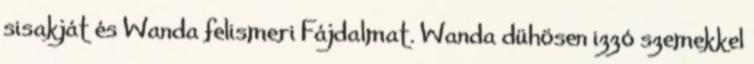
sisakját és Wanda felismeri Fájdalmat. Wanda dühösen izzó szemekkel